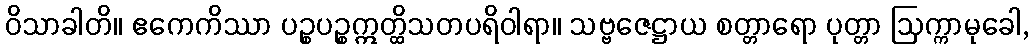
ဝိသာခါတိ။ ဧကေကိဿာ ပဉ္စပဉ္စဣတ္ထိသတပရိဝါရာ။ သဗ္ဗဇေဋ္ဌာယ စတ္တာရော ပုတ္တာ ဩက္ကာမုခေါ,